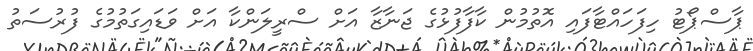
ޕާސްޕޯޓު ހިފަހައްޓާފައި އޮތުމުން ކާފާފުޅުގެ ޖަނާޒާ އަށް ސްރީލަންކާ އަށް ވަޑައިގަތުމުގެ ފުރުސަތު